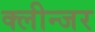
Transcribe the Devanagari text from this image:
क्लीन्जर